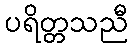
ပရိတ္တသညီ